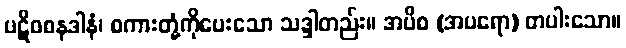
ပဋိဝစနဒါနံ၊ စကားတုံ့ကိုပေးသော သဒ္ဒါတည်း။ အပိစ (အပရော) တပါးသော။